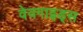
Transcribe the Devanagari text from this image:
वेवगाइड्स